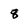
Character: 8